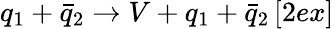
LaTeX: q_{1}+\bar{q}_{2}\rightarrow V+q_{1}+\bar{q}_{2}\, [2ex]